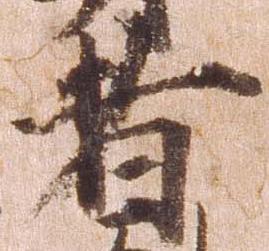
者